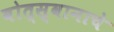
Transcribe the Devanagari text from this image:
बोत्स्वानाचे